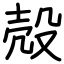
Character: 殻